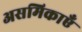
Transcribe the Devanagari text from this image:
असमिकाएँ